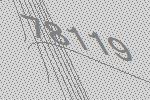
78119